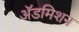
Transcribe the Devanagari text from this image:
अॅडमिशन